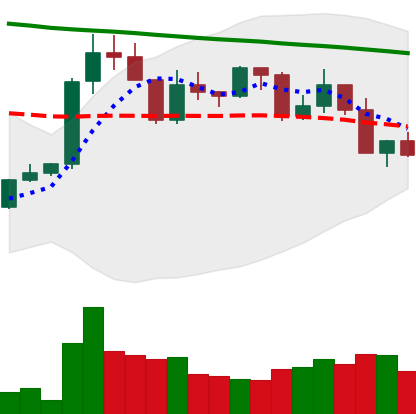
Ticker: XRP-USD
Chart end date: 2022-02-23
Forward return: 11.921%
Label: up_7plus